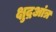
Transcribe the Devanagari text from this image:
क्षुद्रआंत्र